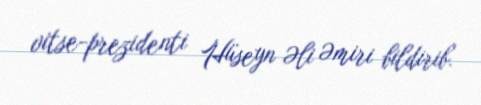
vitse-prezidenti Hüseyn Əli Əmiri bildirib.